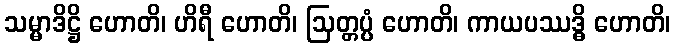
သမ္မာဒိဋ္ဌိ ဟောတိ၊ ဟိရီ ဟောတိ၊ ဩတ္တပ္ပံ ဟောတိ၊ ကာယပဿဒ္ဓိ ဟောတိ၊